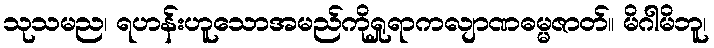
သုသမည၊ ရဟန်းဟူသောအမည်ကိုရှုရာကလျာဏဓမ္မဇာတ်။ မိဂါမိဘူ၊